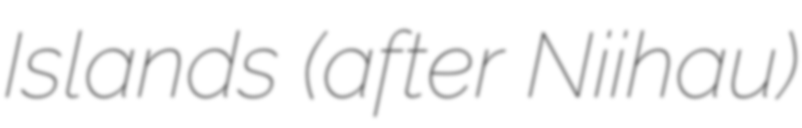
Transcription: Islands (after Niʻihau)